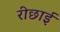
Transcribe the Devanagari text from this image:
रीछाई